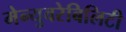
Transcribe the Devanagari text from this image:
मेन्युवरेबिलिटी